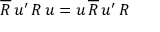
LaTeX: \overline { { { R } } } \, u ^ { \prime } \, R \, u = u \, \overline { { { R } } } \, u ^ { \prime } \, R